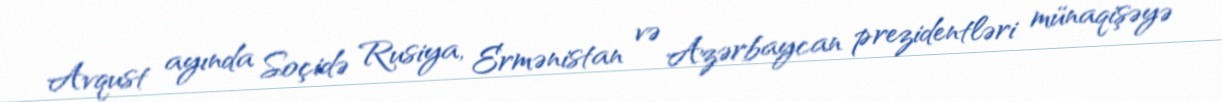
Avqust ayında Soçidə Rusiya, Ermənistan və Azərbaycan prezidentləri münaqişəyə